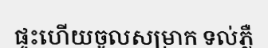
ផ្ទះហើយចូលសម្រាក ទល់ភ្លឺ